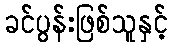
ခင်ပွန်းဖြစ်သူနှင့်